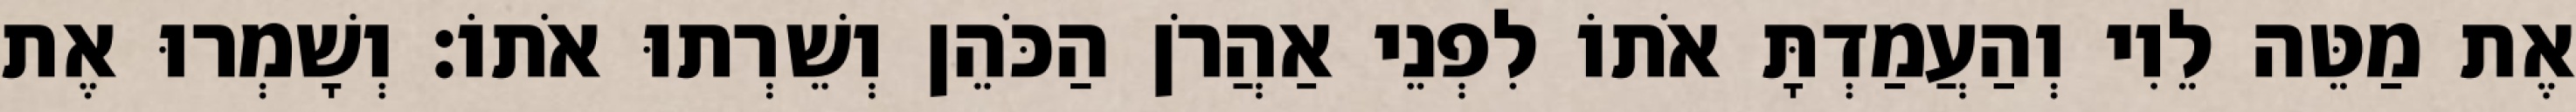
אֶת מַטֵּה לֵוִי וְהַעֲמַדְתָּ אֹתוֹ לִפְנֵי אַהֲרֹן הַכֹּהֵן וְשֵׁרְתוּ אֹתוֹ׃ וְשָׁמְרוּ אֶת